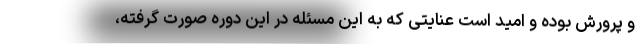
و پرورش بوده و امید است عنایتی که به این مسئله در این دوره صورت گرفته،